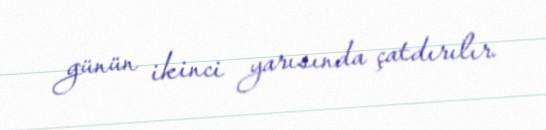
günün ikinci yarısında çatdırılır.